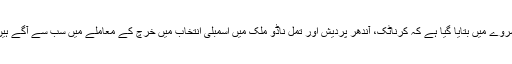
سروے میں بتایا گیا ہے کہ کرناٹک، آندھر پردیش اور تمل ناڈو ملک میں اسمبلی انتخاب میں خرچ کے معاملے میں سب سے آگے ہیں۔